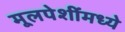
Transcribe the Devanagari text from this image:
मूलपेशींमध्ये